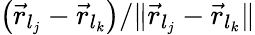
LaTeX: \left(\vec{r}_{l_{j}}-\vec{r}_{l_{k}}\right)/\| \vec{r}_{l_{j}}-\vec{r}_{l_{k}}\|